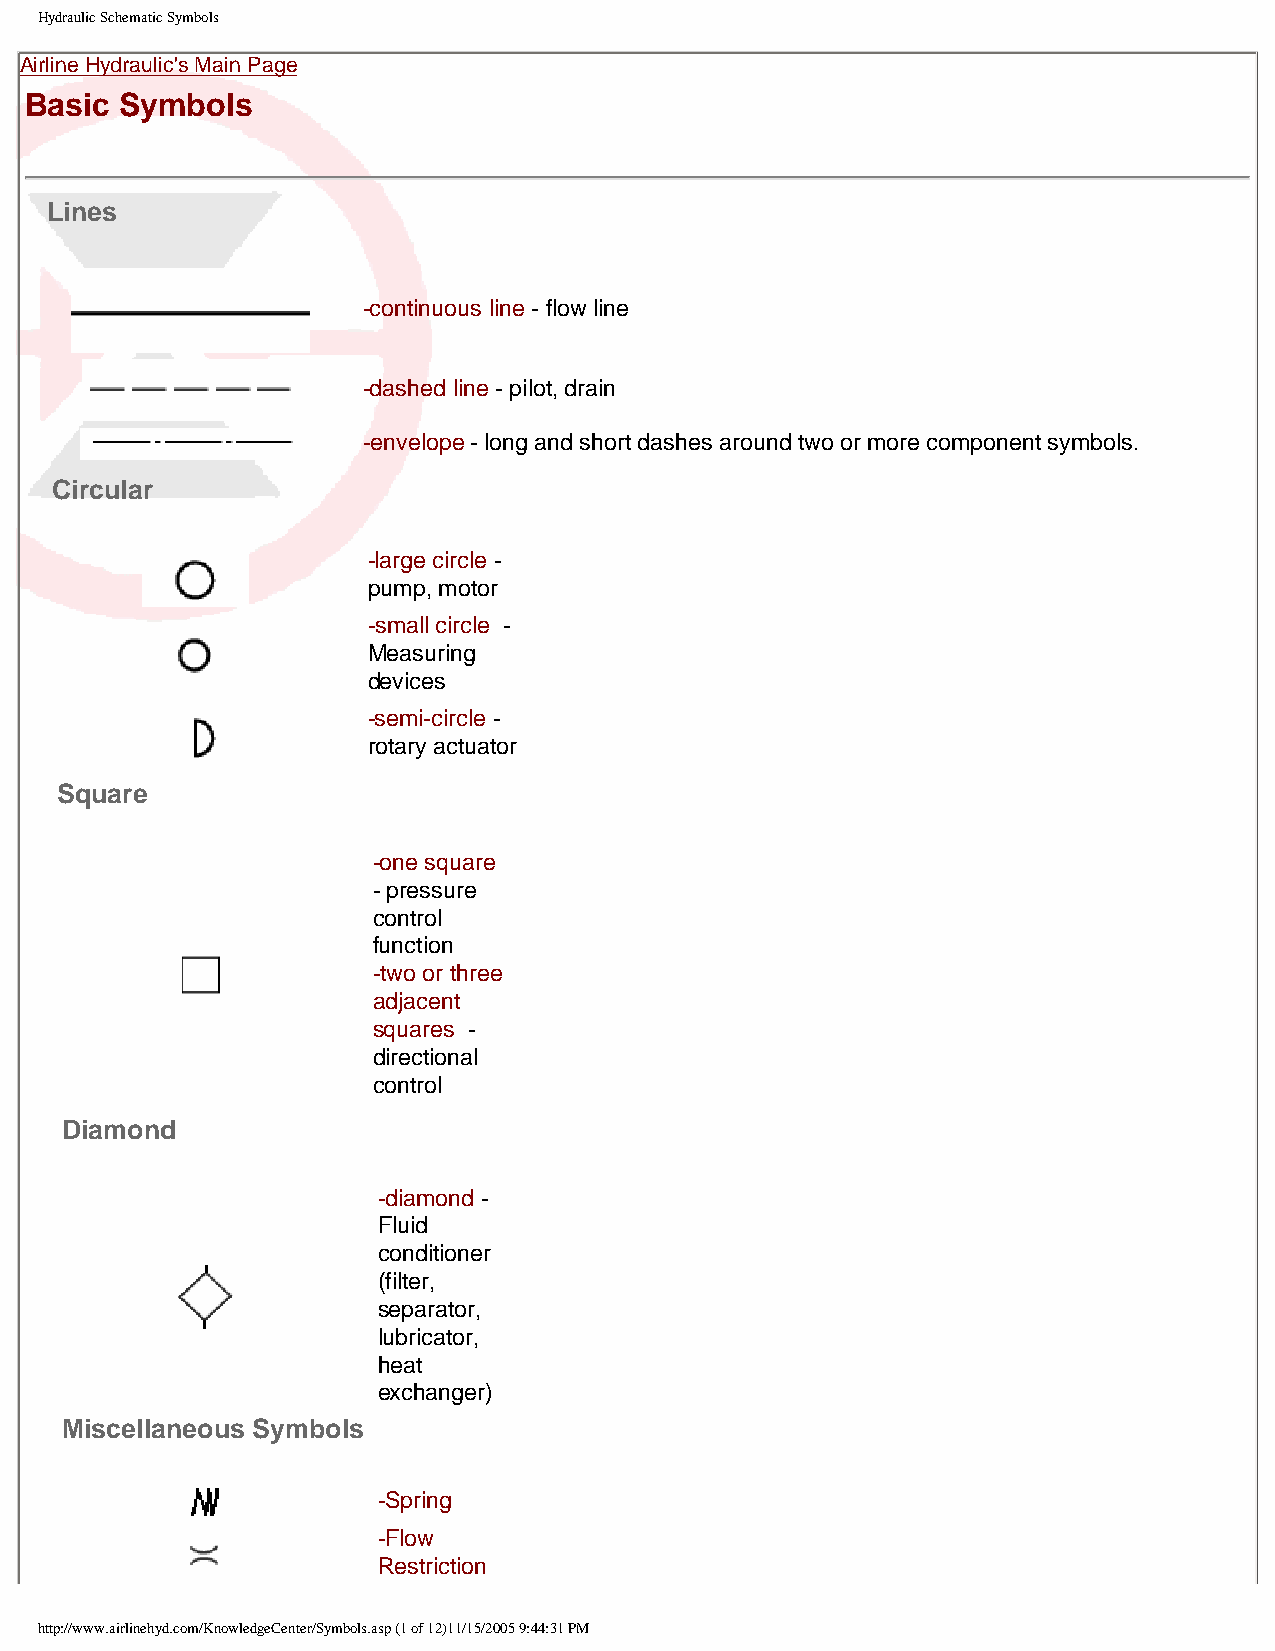
Hydraulic Schematic Symbols
 Airline Hydraulic's Main Page
 Basic Symbols
 Lines
 -continuous line - flow line
 -dashed line - pilot, drain
 -envelope - long and short dashes around two or more component symbols.
 Circular
 -large circle -
 pump, motor
 -small circle -
 Measuring
 devices
 -semi-circle -
 rotary actuator
 Square
 -one square
 - pressure
 control
 function
 -two or three
 adjacent
 squares -
 directional
 control
 Diamond
 -diamond -
 Fluid
 conditioner
 (filter,
 separator,
 lubricator,
 heat
 exchanger)
 Miscellaneous Symbols
 -Spring
 -Flow
 Restriction
 http://www.airlinehyd.com/KnowledgeCenter/Symbols.asp (1 of 12)11/15/2005 9:44:31 PM